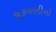
ચૂકવણીનો